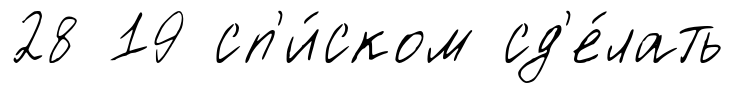
28 19 сп'и́ском сд'е́лать